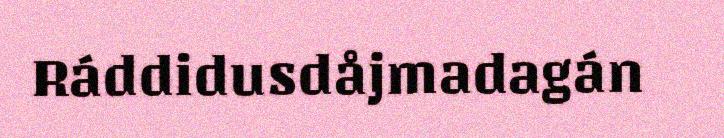
Ráddidusdåjmadagán